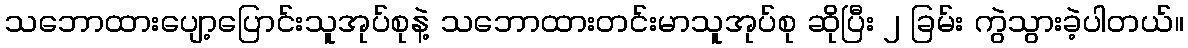
သဘောထားပျော့ပြောင်းသူအုပ်စုနဲ့ သဘောထားတင်းမာသူအုပ်စု ဆိုပြီး ၂ ခြမ်း ကွဲသွားခဲ့ပါတယ်။